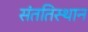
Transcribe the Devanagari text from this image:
संततिस्थान